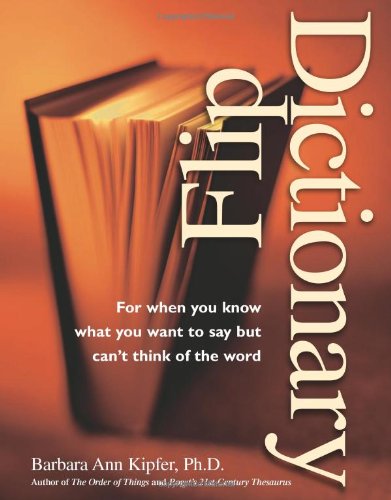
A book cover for Flip Dictionary; Barbara Ann Kipfer; Reference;